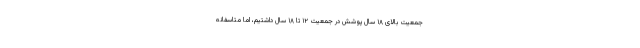
جمعیت بالای ۱۸ سال پوشش در جمعیت ۱۲ تا ۱۸ سال داشتیم، اما متاسفانه